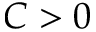
C > 0